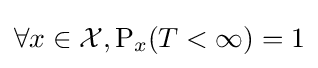
\forall x\in {\mathcal {X}},\operatorname {P} _{x}(T<\infty )=1